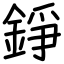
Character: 錚